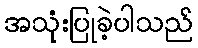
အသုံးပြုခဲ့ပါသည်